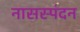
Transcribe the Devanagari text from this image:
नासस्पंदन